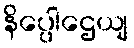
နိပ္ပေါဌေယျ